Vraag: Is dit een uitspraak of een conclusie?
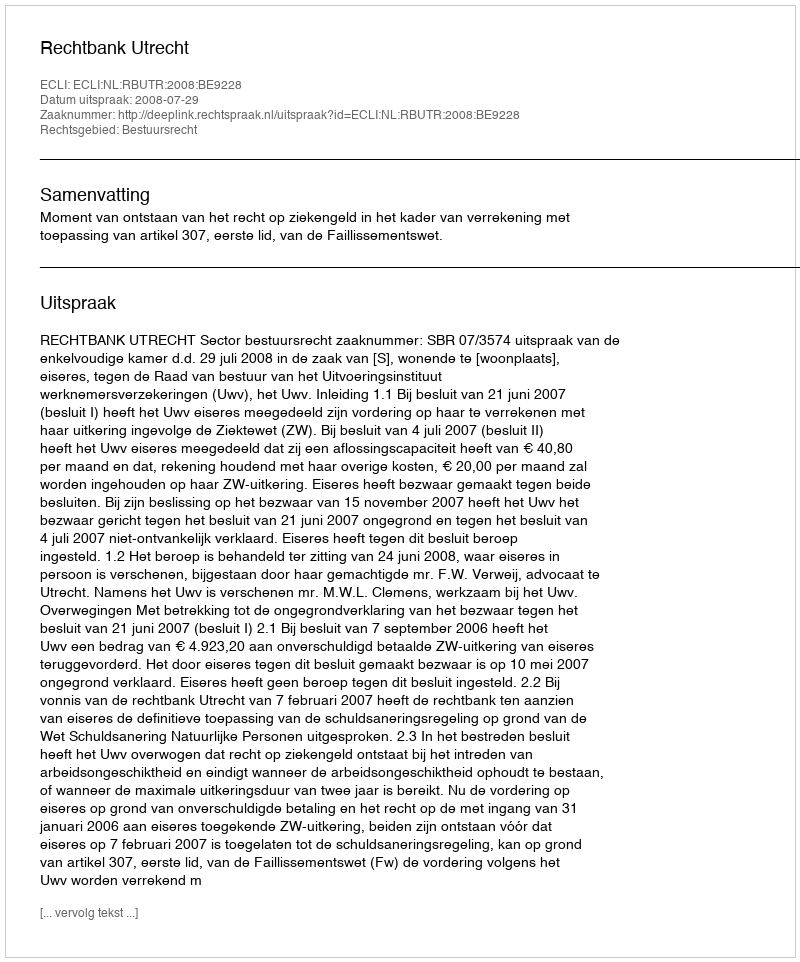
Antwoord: Uitspraak